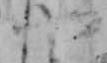
や